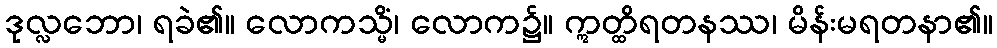
ဒုလ္လဘော၊ ရခဲ၏။ လောကသ္မိံ၊ လောက၌။ ဣတ္ထိရတနဿ၊ မိန်းမရတနာ၏။